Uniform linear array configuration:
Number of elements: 64
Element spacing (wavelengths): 0.25
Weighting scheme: exponential
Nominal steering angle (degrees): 45
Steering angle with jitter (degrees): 43.773
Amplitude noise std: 0.05
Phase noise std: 0.05

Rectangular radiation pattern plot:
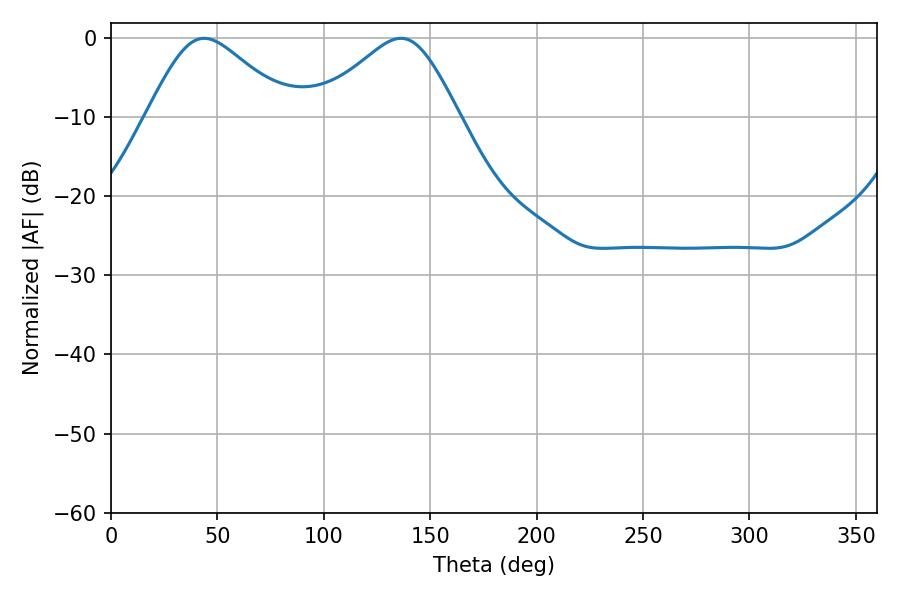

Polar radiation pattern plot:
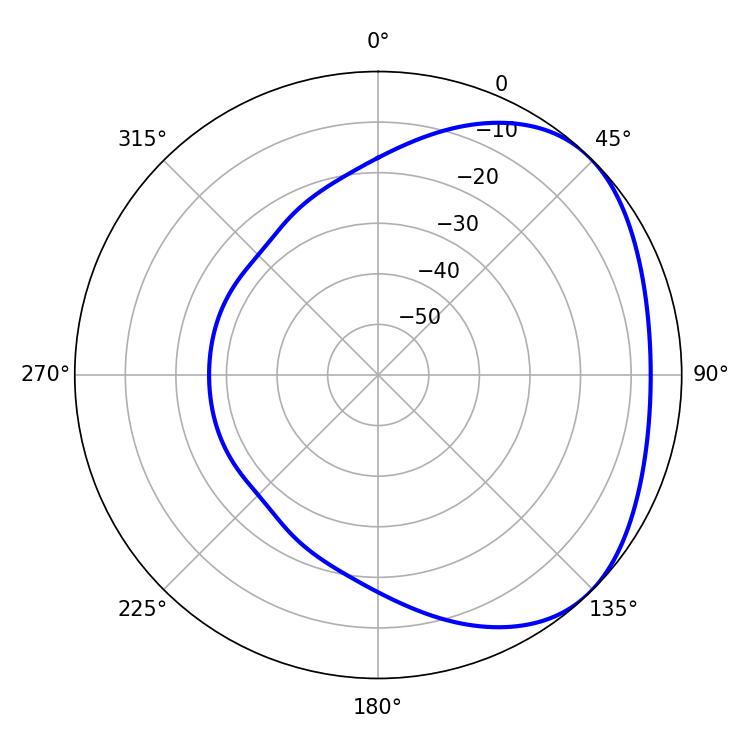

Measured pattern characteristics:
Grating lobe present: FALSE
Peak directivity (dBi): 3.042
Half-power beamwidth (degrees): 33.12
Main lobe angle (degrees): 43.74